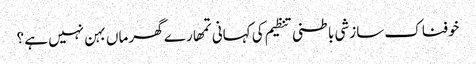
خوفناک سازشی باطنی تنظیم کی کہانی	تمھارے گھر ماں بہن نہیں ہے ؟